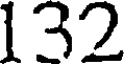
132